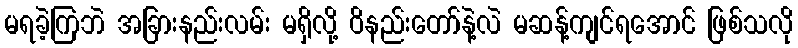
မရခဲ့ကြဘဲ အခြားနည်းလမ်း မရှိလို့ ဝိနည်းတော်နဲ့လဲ မဆန့်ကျင်ရအောင် ဖြစ်သလို